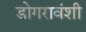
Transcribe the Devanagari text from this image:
डोगरावंशी